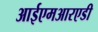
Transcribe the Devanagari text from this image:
आईएमआरएडी